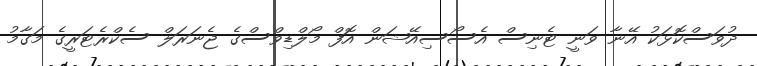
ދުވަސްކޮޅަކު އޭނާ ވަނީ ޓެނިސް އެސޯސިއޭޝަން އޮފް މޯލްޑިވްސްގެ ޖެނަރަލް ސެކްރެޓަރީގެ މަގާމު